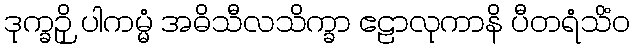
ဒုက္ခဉှိ ပါကမ္မံ အဓိသီလသိက္ခာ ဧဠာလုကာနိ ပီတရံသိံဝ